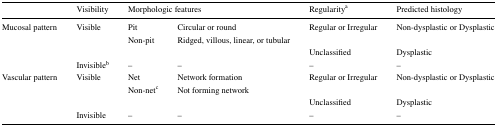
<table><thead><tr><td></td><td><b>Visibility</b></td><td colspan="2"><b>Morphologic features</b></td><td><b>Regularity<sup>a</sup></b></td><td><b>Predicted histology</b></td></tr></thead><tbody><tr><td rowspan="4">Mucosal pattern</td><td rowspan="3">Visible</td><td>Pit</td><td>Circular or round</td><td rowspan="2">Regular or Irregular</td><td rowspan="2">Non-dysplastic or Dysplastic</td></tr><tr><td>Non-pit</td><td>Ridged, villous, linear, or tubular</td></tr><tr><td colspan="2"></td><td>Unclassified</td><td>Dysplastic</td></tr><tr><td>Invisible<sup>b</sup></td><td>–</td><td>–</td><td>–</td><td>–</td></tr><tr><td rowspan="4">Vascular pattern</td><td rowspan="3">Visible</td><td>Net</td><td>Network formation</td><td rowspan="2">Regular or Irregular</td><td rowspan="2">Non-dysplastic or Dysplastic</td></tr><tr><td>Non-net<sup>c</sup></td><td>Not forming network</td></tr><tr><td colspan="2"></td><td>Unclassified</td><td>Dysplastic</td></tr><tr><td>Invisible</td><td>–</td><td>–</td><td>–</td><td>–</td></tr></tbody></table>